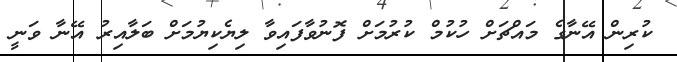
ކުރިން އޭނާގެ މައްޗަށް ހުކުމް ކުރުމަށް ފޮނުވާފައިވާ ލިޔެކިޔުމަށް ބަލާއިރު އޭނާ ވަނީ